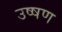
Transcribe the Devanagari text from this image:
उष्षण